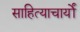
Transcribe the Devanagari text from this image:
साहित्याचार्यों